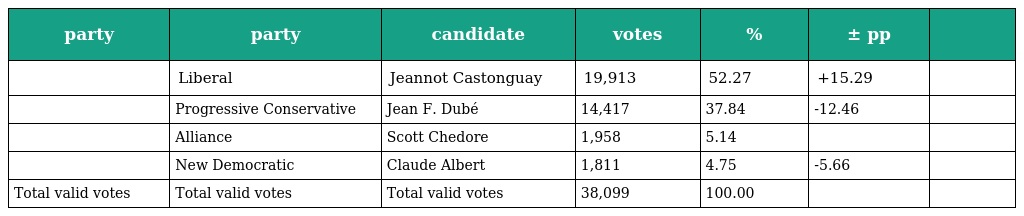
| party | party | candidate | votes | % | ± pp |  |
 | --- | --- | --- | --- | --- | --- | --- |
 |  | Liberal | Jeannot Castonguay | 19,913 | 52.27 | +15.29 |  |
 |  | Progressive Conservative | Jean F. Dubé | 14,417 | 37.84 | -12.46 |  |
 |  | Alliance | Scott Chedore | 1,958 | 5.14 |  |  |
 |  | New Democratic | Claude Albert | 1,811 | 4.75 | -5.66 |  |
 | Total valid votes | Total valid votes | Total valid votes | 38,099 | 100.00 |  |  |